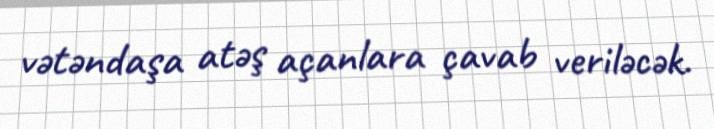
vətəndaşa atəş açanlara çavab veriləcək.